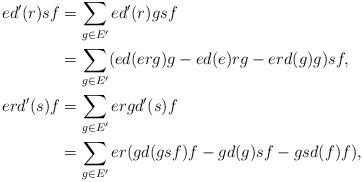
\begin{align*} ed'(r)sf&=\sum_{g\in E'}ed'(r)gsf\\ &=\sum_{g\in E'}(ed(erg)g-ed(e)rg-erd(g)g)sf,\\ erd'(s)f&=\sum_{g\in E'}ergd'(s)f\\ &=\sum_{g\in E'}er(gd(gsf)f-gd(g)sf-gsd(f)f),\end{align*}